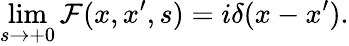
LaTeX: \operatorname*{lim}_{s\rightarrow+0}\mathcal{F}(x,x^{\prime},s)=i\delta(x-x^{\prime}).